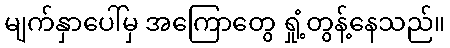
မျက်နှာပေါ်မှ အကြောတွေ ရှုံ့တွန့်နေသည်။